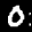
Label: 0